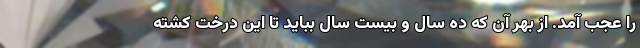
را عجب آمد. از بهر آن که ده سال و بیست سال بباید تا این درختِ کِشته